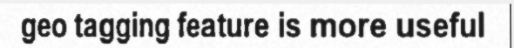
geo tagging feature is more useful